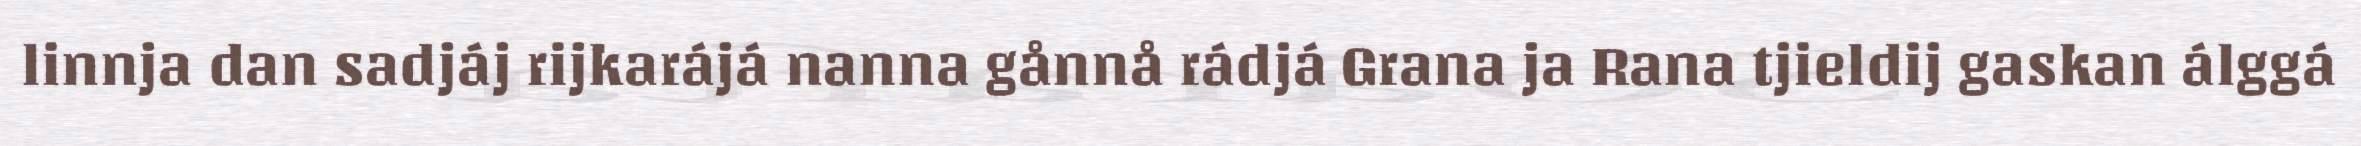
linnja dan sadjáj rijkarájá nanna gånnå rádjá Grana ja Rana tjieldij gaskan álggá